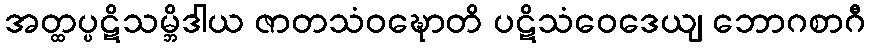
အတ္ထပ္ပဋိသမ္ဘိဒါယ ဇာတသံဝဍ္ဎောတိ ပဋိသံဝေဒေယျ ဘောဂစာဂီ